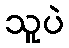
သူပဲ